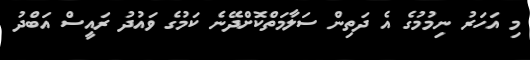
މި އަހަރު ނިމުމުގެ އެ ދަތިން ސަލާމަތްކޮށްދޭނެ ކަމުގެ ވައުދު ރައީސް އަބްދު